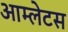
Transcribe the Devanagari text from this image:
आम्लेटस